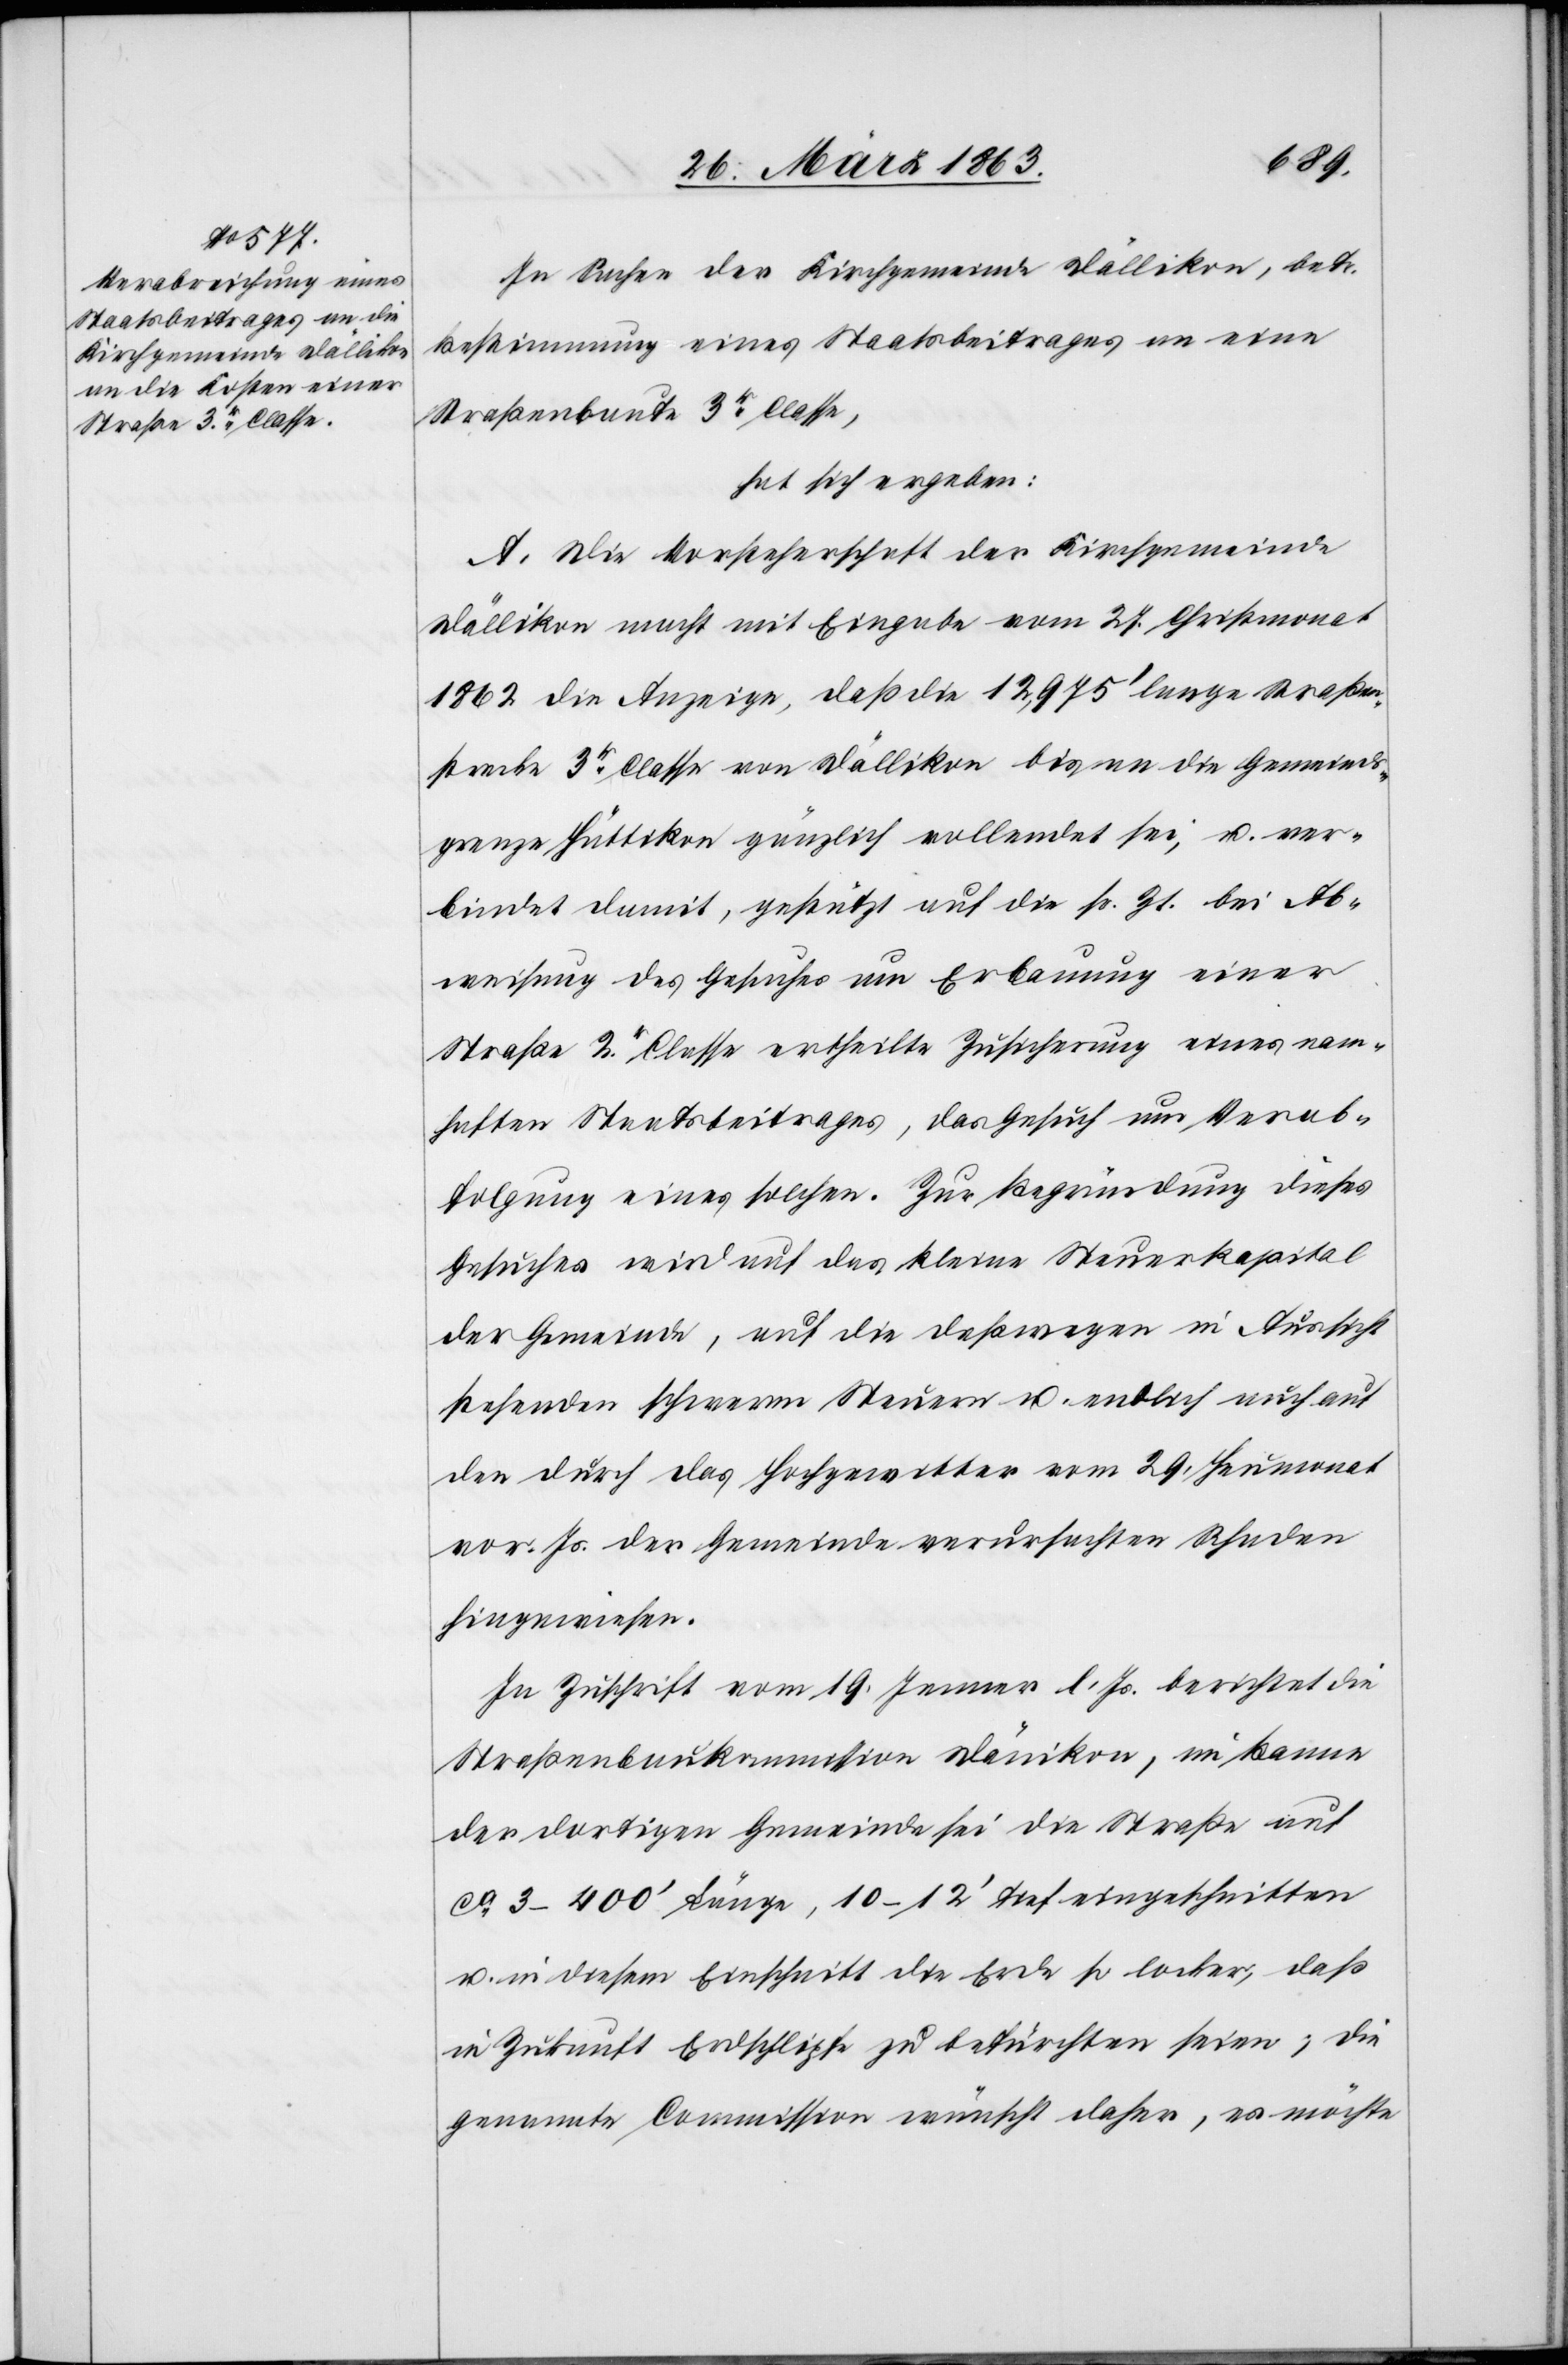
In Sachen der Kirchgemeinde Dällikon, betr.
Bestimmung eines Staatsbeitrages an eine
Straßenbaute 3r Classe,
hat sich ergeben:
A. Die Vorsteherschaft der Kirchgemeinde
Dällikon macht mit Eingabe vom 27. Christmonat
1862 die Anzeige, daß die 12,975' lange Straßen¬
strecke 3r Classe von Dällikon bis an die Gemeinds¬
grenze Hüttikon gänzlich vollendet sei, u. ver¬
bindet damit, gestützt auf die sr. Zt. bei Ab¬
weisung des Gesuches um Erbauung einer
Straße 2r. Classe ertheilte Zusicherung eines nam¬
haften Staatsbeitrages, das Gesuch um Verab¬
folgung eines solchen. Zur Begründung dieses
Gesuches wird auf das kleine Steuerkapital
der Gemeinde, auf die deßwegen in Aussicht
stehenden schweren Steuern u. endlich auch auf
den durch das Hochgewitter vom 29. Heumonat
vor. Js. der Gemeinde verursachten Schaden
hingewiesen.
In Zuschrift vom 19. Jenner l. Js. berichtet die
Straßenbaukommission Dänikon, im Banne
der dortigen Gemeinde sei die Straße auf
ca 3–400' Länge, 10–12' tief eingeschnitten
u. in diesem Einschnitt die Erde so locker, daß
in Zukunft Erdschlipfe zu befürchten seien; die
genannte Commission wünscht daher, es möchte